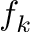
f _ { k }